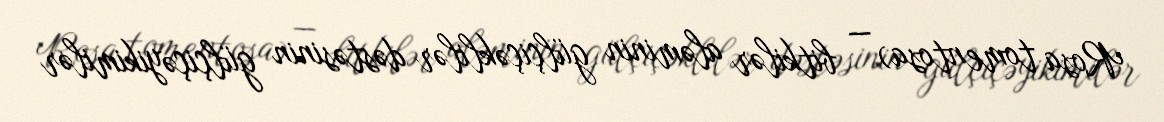
Rosa tomentosa) — bitkilər aləminin gülçiçəklilər dəstəsinin gülçiçəyikimilər